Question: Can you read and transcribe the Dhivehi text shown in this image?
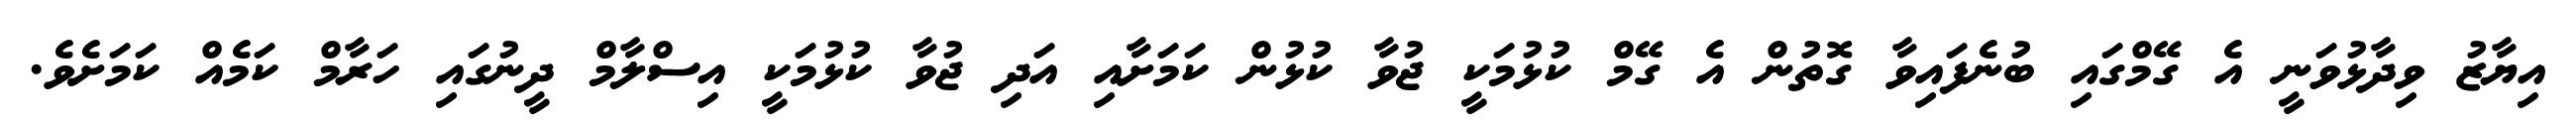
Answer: އިޔާޒު ވިދާޅުވަނީ އެ ގޭމްގައި ބުނެފައިވާ ގޮތުން އެ ގޭމް ކުޅުމަކީ ޖުވާ ކުޅުން ކަމަށާއި އަދި ޖުވާ ކުޅުމަކީ އިސްލާމް ދީނުގައި ހަރާމް ކަމެއް ކަމަށެވެ.